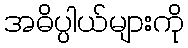
အဓိပ္ပါယ်များကို